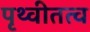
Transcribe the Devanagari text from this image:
पृथ्वीतत्व